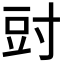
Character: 𭔰